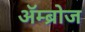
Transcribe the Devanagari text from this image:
अॅम्ब्रोज